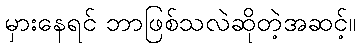
မှားနေရင် ဘာဖြစ်သလဲဆိုတဲ့အဆင့်။